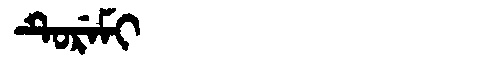
Manchu: ᡨᡠᡵᡝᠮᡳ
Romanization: TUREMI